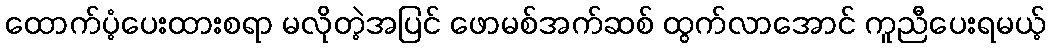
ထောက်ပံ့ပေးထားစရာ မလိုတဲ့အပြင် ဖောမစ်အက်ဆစ် ထွက်လာအောင် ကူညီပေးရမယ့်